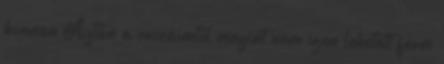
honnan Aztán a cuccaimtól megint nem igen lehetett férni